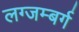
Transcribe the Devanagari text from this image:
लग्जम्बर्ग